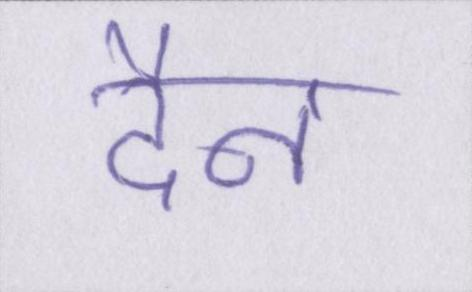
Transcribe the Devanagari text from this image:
दैन